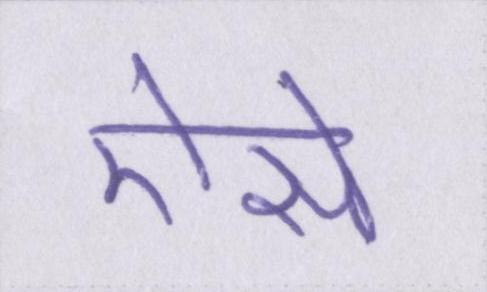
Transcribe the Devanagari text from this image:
ऐसे